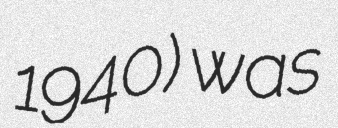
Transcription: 1940) was